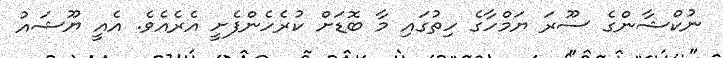
ނުކްޝާންގެ ސޫރަ ޔަމްހާގެ ހިތުގައި މާ ބޮޑަށް ކުރެހެންފެށީ އެރެއެވެ. އެއީ ޔޫޝައު